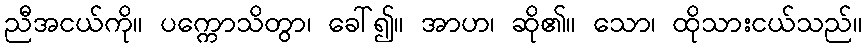
ညီအငယ်ကို။ ပက္ကောသိတွာ၊ ခေါ်၍။ အာဟ၊ ဆို၏။ သော၊ ထိုသားငယ်သည်။